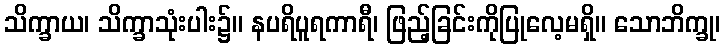
သိက္ခာယ၊ သိက္ခာသုံးပါး၌။ နပရိပူရကာရီ၊ ဖြည့်ခြင်းကိုပြုလေ့မရှိ။ သောဘိက္ခု၊